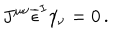
LaTeX: J ^ { \mu \nu } \overline { { { \epsilon } } } ^ { I } \gamma _ { \nu } = 0 \, .